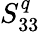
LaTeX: S_{33}^{q}